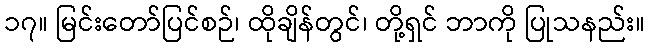
၁၇။ မြင်းတော်ပြင်စဉ်၊ ထိုချိန်တွင်၊ တို့ရှင် ဘာကို ပြုသနည်း။